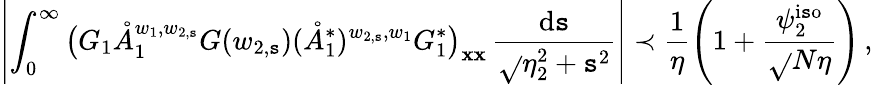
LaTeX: \left|\int_{0}^{\infty}\big(G_{1}\mathring{A}_{1}^{w_{1},w_{2,\mathtt{s}}}G(w_{2,\mathtt{s}})(\mathring{A}_{1}^{*})^{w_{2,\mathtt{s}},w_{1}}G_{1}^{*}\big)_{\boldsymbol{\mathbf{x}}\boldsymbol{\mathbf{x}}}\, \frac{{\mathrm{{d}}\mathtt{s}}}{{\sqrt{}{{\eta_{2}^{2}+\mathtt{s}^{2}}}}}\right|\prec\frac{{1}}{{\eta}}\left(1+\frac{{\psi_{2}^{\mathrm{{i\mathtt{s}o}}}}}{{\sqrt{}{{N\eta}}}}\right)\, ,